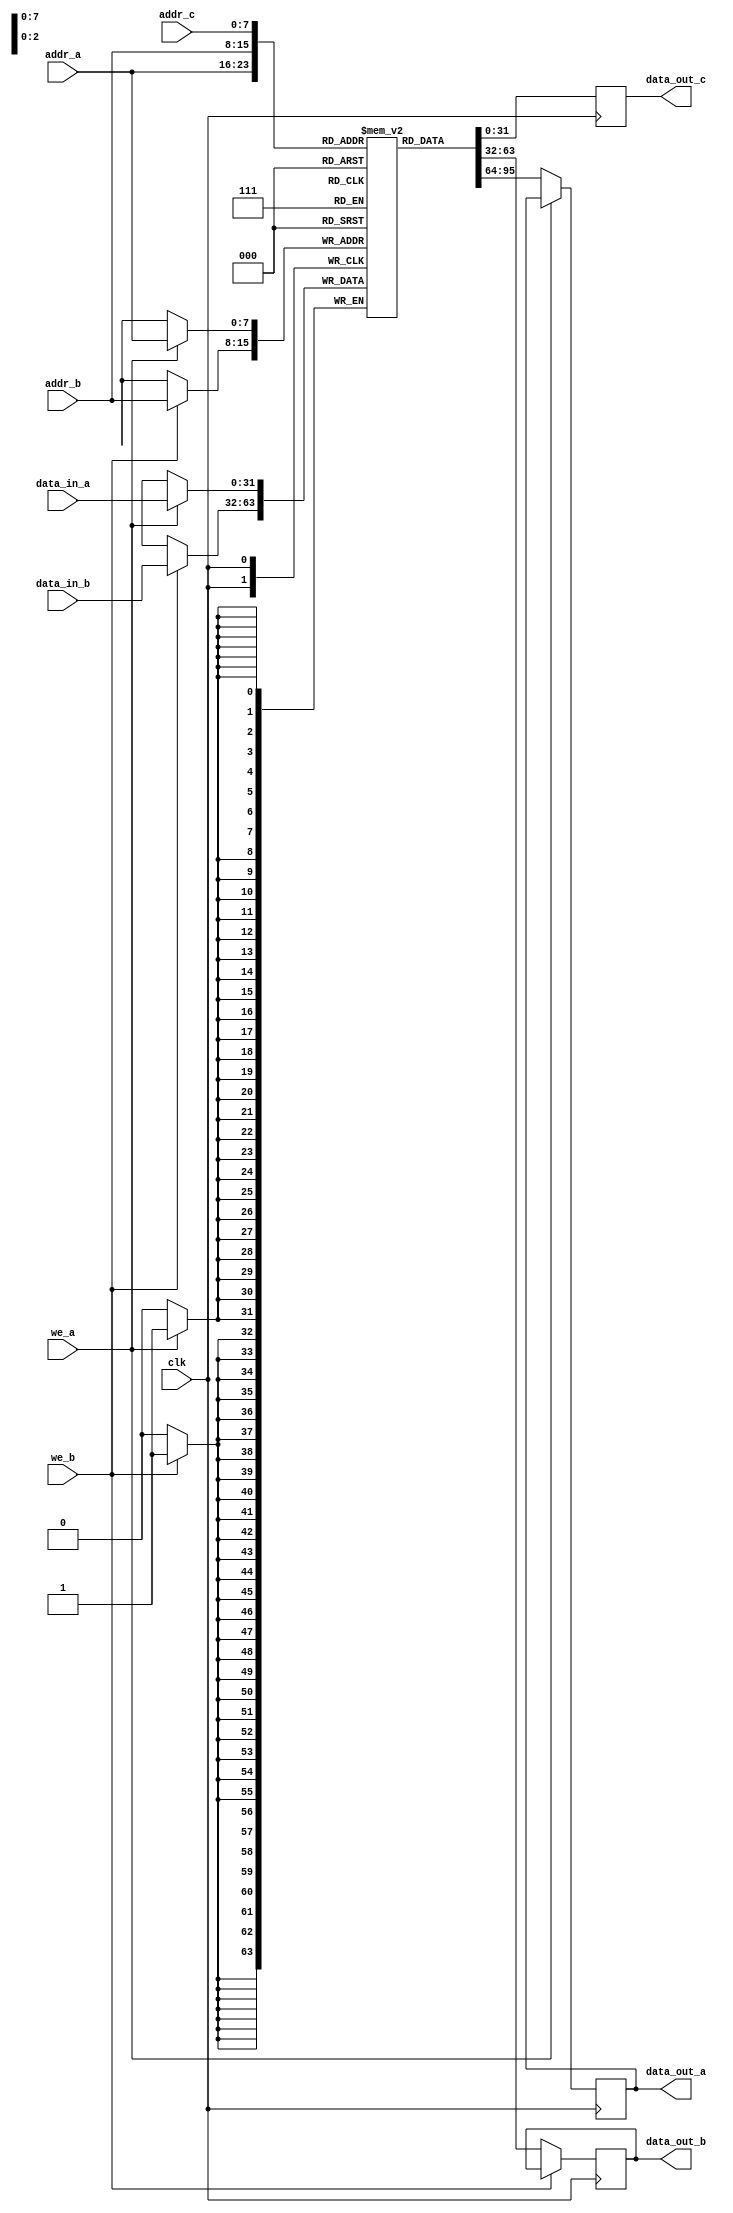
module tp_ram #(
    parameter addr_width = 8,  // Width of the address bus
    parameter data_width = 32   // Width of the data bus
)(
    input wire clk,              // Clock signal
    input wire we_a,             // Write enable for Port A
    input wire we_b,             // Write enable for Port B
    input wire [addr_width-1:0] addr_a,  // Address for Port A
    input wire [addr_width-1:0] addr_b,  // Address for Port B
    input wire [addr_width-1:0] addr_c,  // Address for Port C
    input wire [data_width-1:0] data_in_a, // Data input for Port A
    input wire [data_width-1:0] data_in_b, // Data input for Port B
    output reg [data_width-1:0] data_out_a, // Data output for Port A
    output reg [data_width-1:0] data_out_b, // Data output for Port B
    output reg [data_width-1:0] data_out_c  // Data output for Port C
);

    // Memory array declaration
    reg [data_width-1:0] mem_array [(2**addr_width)-1:0];

    // Initialize RAM with preset values (if desired)
    initial begin
        // Optionally initialize memory with some values
        // For example:
        // mem_array[0] = 32'hDEADBEEF;
        // mem_array[1] = 32'hBEEFCAFE;
        // ...
    end

    // Port A and Port B operations
    always @(posedge clk) begin
        // Read operation for Port A
        if (!we_a) begin
            data_out_a <= mem_array[addr_a];
        end else begin
            // Write operation for Port A
            mem_array[addr_a] <= data_in_a;
        end

        // Read operation for Port B
        if (!we_b) begin
            data_out_b <= mem_array[addr_b];
        end else begin
            // Write operation for Port B
            mem_array[addr_b] <= data_in_b;
        end
    end

    // Port C operation
    always @(posedge clk) begin
        // Read operation for Port C (no write operation)
        data_out_c <= mem_array[addr_c];
    end

endmodule